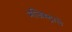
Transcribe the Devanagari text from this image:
मजिस्ट्राले